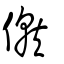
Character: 僦